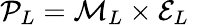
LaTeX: {\cal P}_{L}={\cal M}_{L}\times{\cal E}_{L}\; \; \;